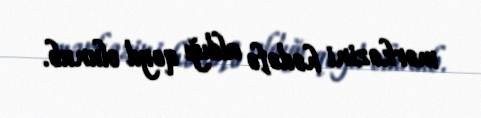
mərkəzini hədəfə aldığı qeyd olunub.